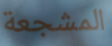
المشجعة